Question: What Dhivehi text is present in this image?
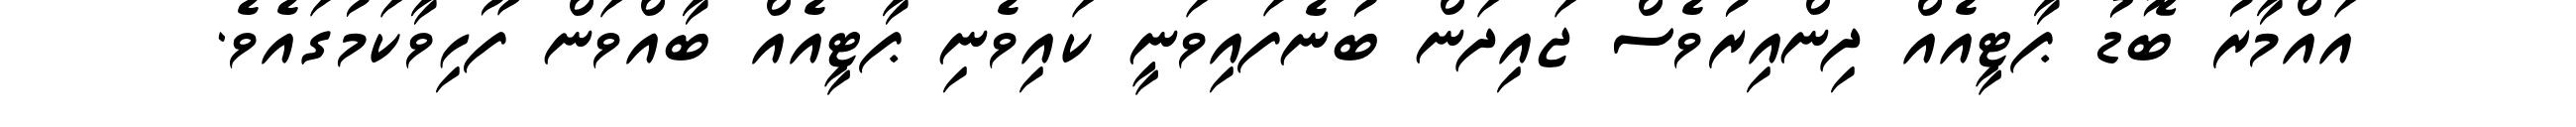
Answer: އައްމާރު ބޮޑު ޕާޓީއެއް ދިންއިރުވެސް ޖައިދަން ބުނެފައިވަނީ ކައިވެނި ޕާޓީއެއް ބާއްވަން ފޫހިވާކަމުގައެވެ.